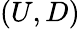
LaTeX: (U,D)